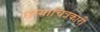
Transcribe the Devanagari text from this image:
छायाचित्रकारी